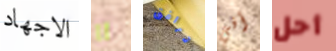
الاجهاد آآ ترافق أفي أحل